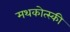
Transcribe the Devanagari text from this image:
मथकोत्स्की